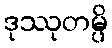
ဒုဿုတမ္ပိ